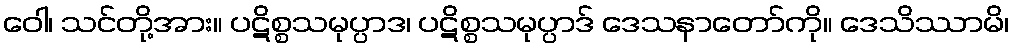
ဝေါ၊ သင်တို့အား။ ပဋိစ္စသမုပ္ပာဒ၊ ပဋိစ္စသမုပ္ပာဒ် ဒေသနာတော်ကို။ ဒေသိဿာမိ၊